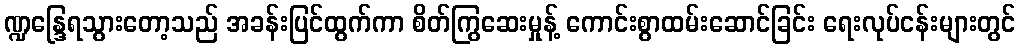
ဏ္ဍန္ဒြေရသွားတော့သည် အခန်းပြင်ထွက်ကာ စိတ်ကြွဆေးမှုန့် ကောင်းစွာထမ်းဆောင်ခြင်း ရေးလုပ်ငန်းများတွင်